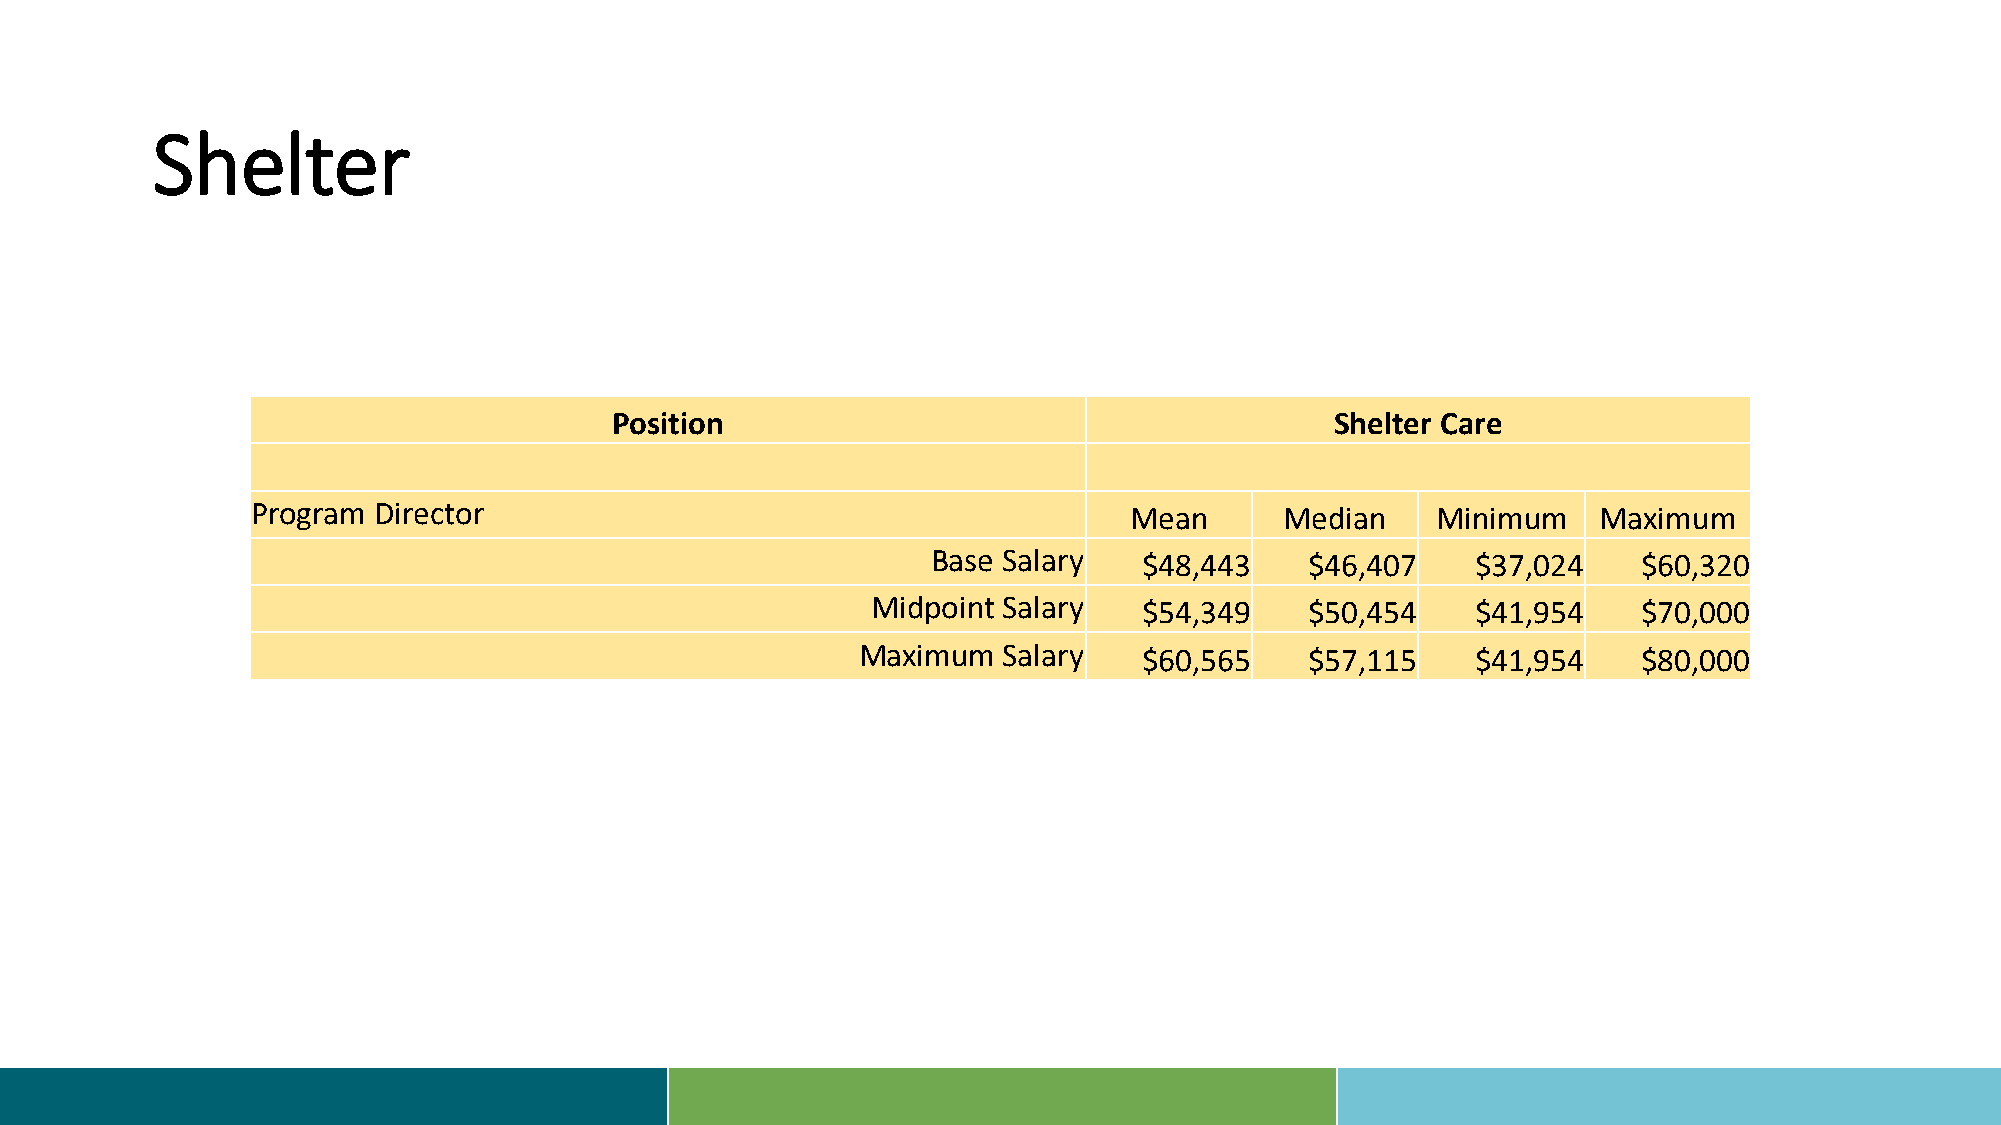
Shelter
 Position                                        Shelter Care
 Program Director                                          Mean      Median    Minimum    Maximum
 Base Salary   $48,443    $46,407    $37,024    $60,320
 Midpoint Salary   $54,349    $50,454    $41,954    $70,000
 Maximum  Salary    $60,565    $57,115    $41,954    $80,000